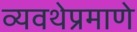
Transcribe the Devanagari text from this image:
व्यवथेप्रमाणे